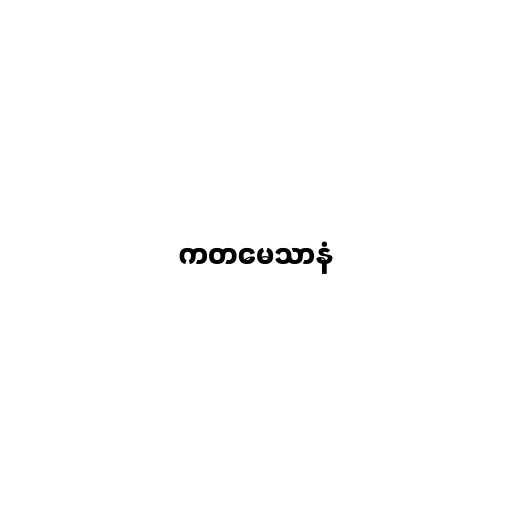
ကတမေသာနံ